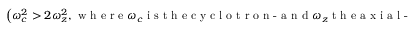
\left( \omega _ { c } ^ { 2 } > 2 \omega _ { z } ^ { 2 } , \textnormal { w h e r e } \omega _ { c } \textnormal { i s t h e c y c l o t r o n - a n d } \omega _ { z } \textnormal { t h e a x i a l - f r e q u e n c y i n t h e t r a p } \right)